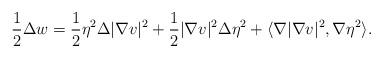
LaTeX: \begin{align*}\frac12 \Delta w &= \frac12 \eta^{2} \Delta |\nabla v|^{2} + \frac12 |\nabla v|^{2} \Delta \eta^{2} + \langle \nabla |\nabla v|^{2},\nabla \eta^{2}\rangle.\end{align*}